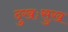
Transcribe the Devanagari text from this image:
दुखःसुख